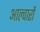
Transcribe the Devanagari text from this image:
आल्वारों